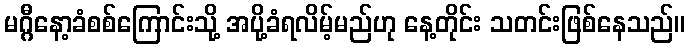
မဂ္ဂီနော့ခံစစ်ကြောင်းသို့ အပို့ခံရလိမ့်မည်ဟု နေ့တိုင်း သတင်းဖြစ်နေသည်။